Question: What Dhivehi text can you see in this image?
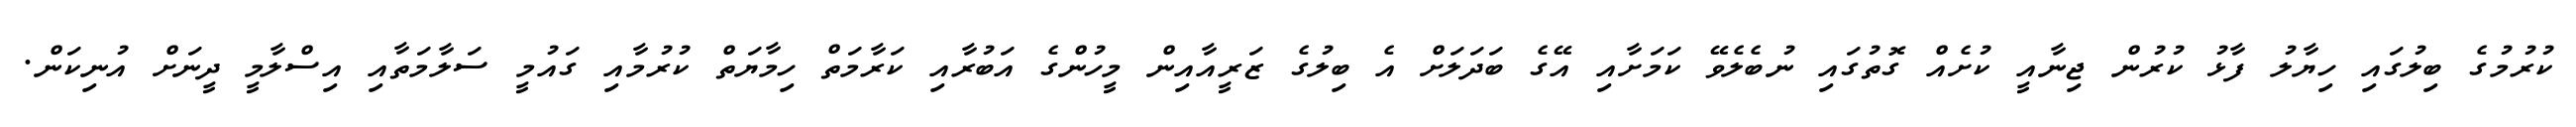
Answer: ކުރުމުގެ ބިލުގައި ހިޔާލު ފާޅު ކުރުން ޖިނާއީ ކުށެއް ގޮތުގައި ނުބެލެވޭ ކަމަށާއި އޭގެ ބަދަލަށް އެ ބިލުގެ ޒަރީއާއިން މީހުންގެ އަބުރާއި ކަރާމަތް ހިމާޔަތް ކުރުމާއި ގައުމީ ސަލާމަތާއި އިސްލާމީ ދީނަށް އުނިކަން.